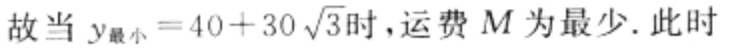
故当 \(y_{最小}=40 + 30\sqrt{3}\) 时，运费 \(M\) 为最少. 此时